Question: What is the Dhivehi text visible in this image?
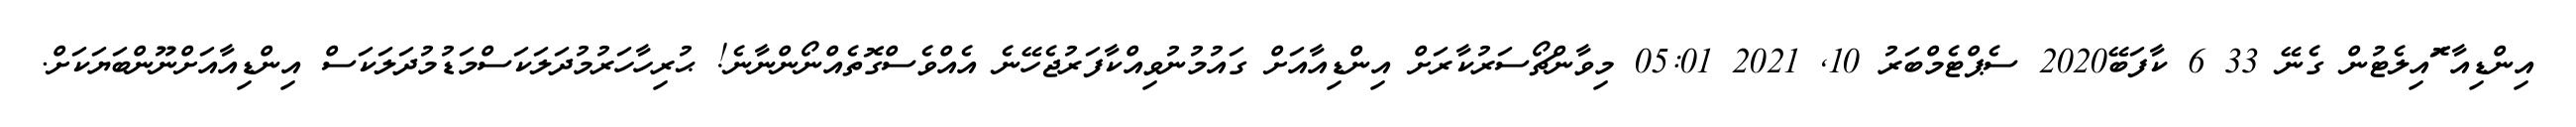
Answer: އިންޑިއާ ޮައިލެޓުން ގެނޭ 33 6 ކާފަބޭ2020 ސެޕްޓެމްބަރު 10, 2021 05:01 މިވާންޗޯސަރުކާރަށް އިންޑިއާއަށް ގައުމުނުވިއްކާފަރުޖެހޭނެ އެއްވެސްގޮތެއްނޯންނާނެ! ޙުރިހާހަރުމުދަލަކަސްމަޑުމުދަލަކަސް އިންޑިއާއަށްނޫންބަޔަކަށް.